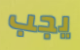
يجب